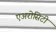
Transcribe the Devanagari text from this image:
एअरोसिटी